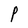
Character: P